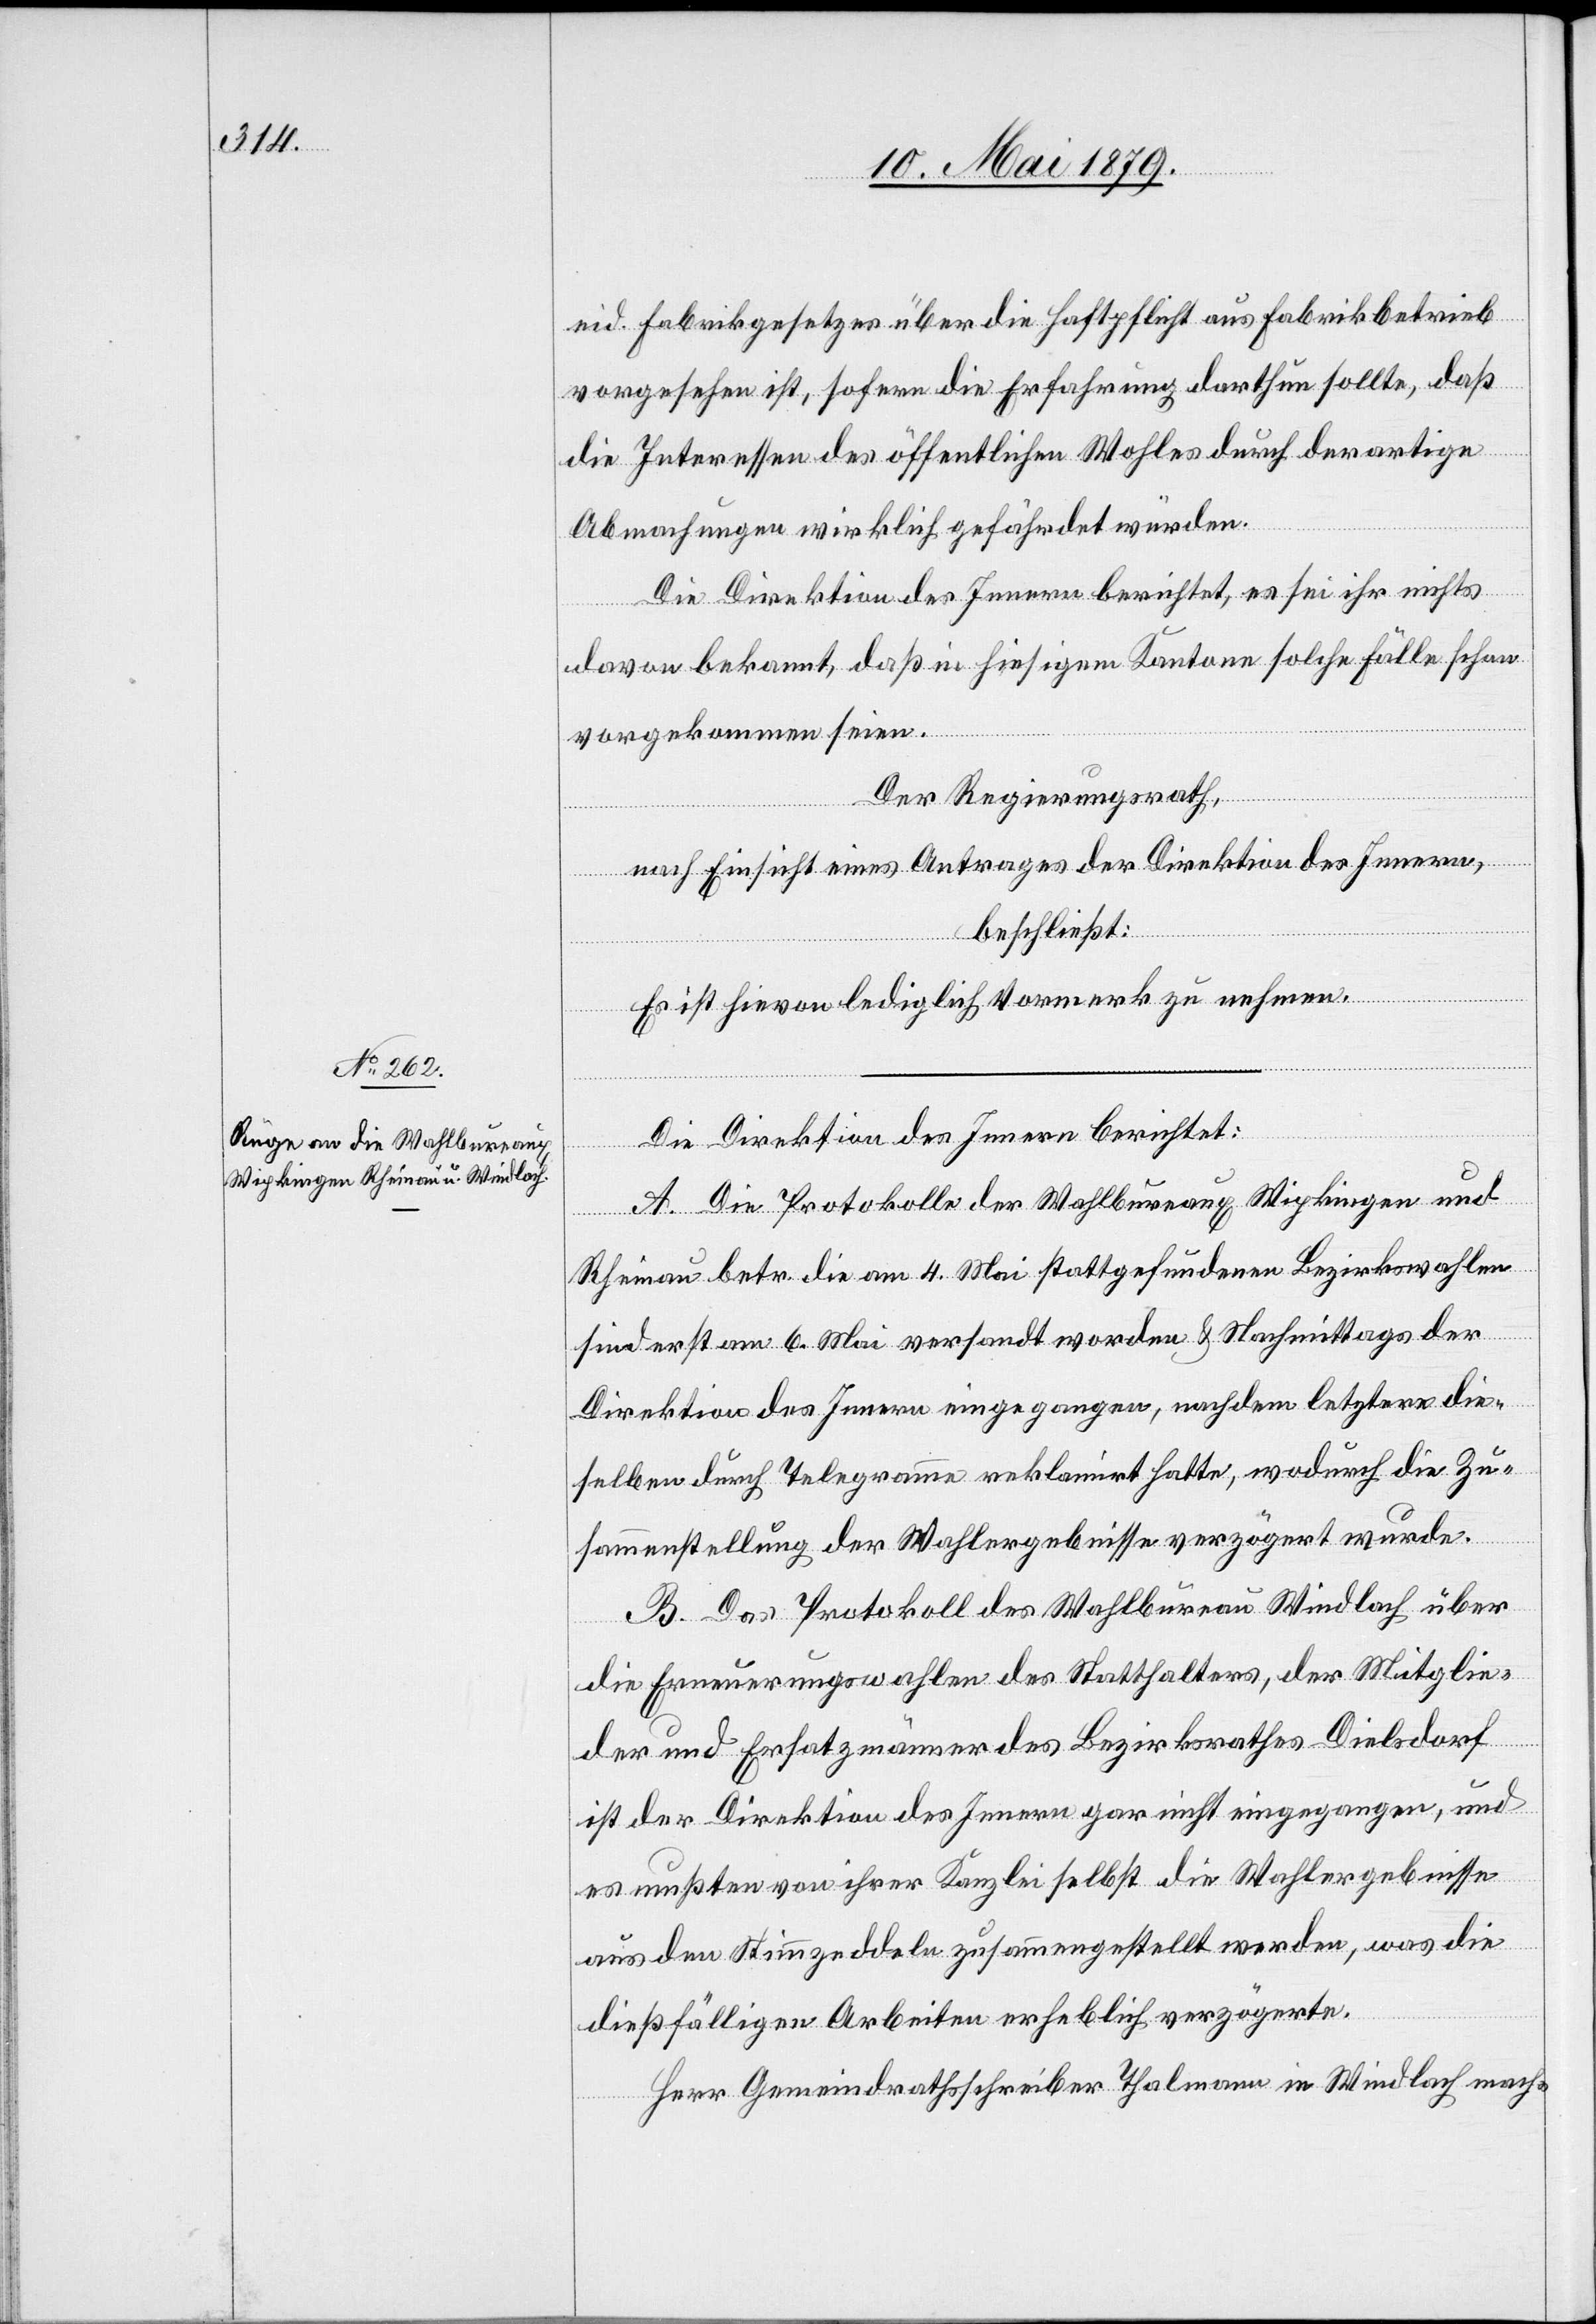
eid. Fabrikgesetzes über die Haftpflicht aus Fabrikbetrieb
vorgesehen ist, sofern die Erfahrung darthun sollte, daß
die Interessen des öffentlichen Wohles durch derartige
Abmachungen wirklich gefährdet würden.
Die Direktion des Innern berichtet, es sei ihr nichts
davon bekannt, daß in hiesigem Kantone solche Fälle schon
vorgekommen seien.
Der Regierungsrath,
nach Einsicht eines Antrages der Direktion des Innern,
beschließt:
Es ist hievon lediglich Vormerk zu nehmen.
Die Direktion des Innern berichtet:
A. Die Protokolle der Wahlbureaux Wipkingen und
Rheinau betr. die am 4. Mai stattgefundenen Bezirkswahlen
sind erst am 6. Mai versandt worden & Nachmittags der
Direktion des Innern eingegangen, nachdem letztere die¬
selben durch Telegramme reklamirt hatte, wodurch die Zu¬
sammenstellung der Wahlergebnisse verzögert wurde.
B. Das Protokoll des Wahlbureau Windlach über
die Erneuerungswahlen des Statthalters, der Mitglie¬
der und Ersatzmänner des Bezirksrathes Dielsdorf
ist der Direktion des Innern gar nicht eingegangen, und
es mußten von ihrer Kanzlei selbst die Wahlergebnisse
aus den Stimmzeddeln zusammengestellt werden, was die
dießfälligen Arbeiten erheblich verzögerte.
Herr Gemeindrathsschreiber Thalmann in Windlach mach-